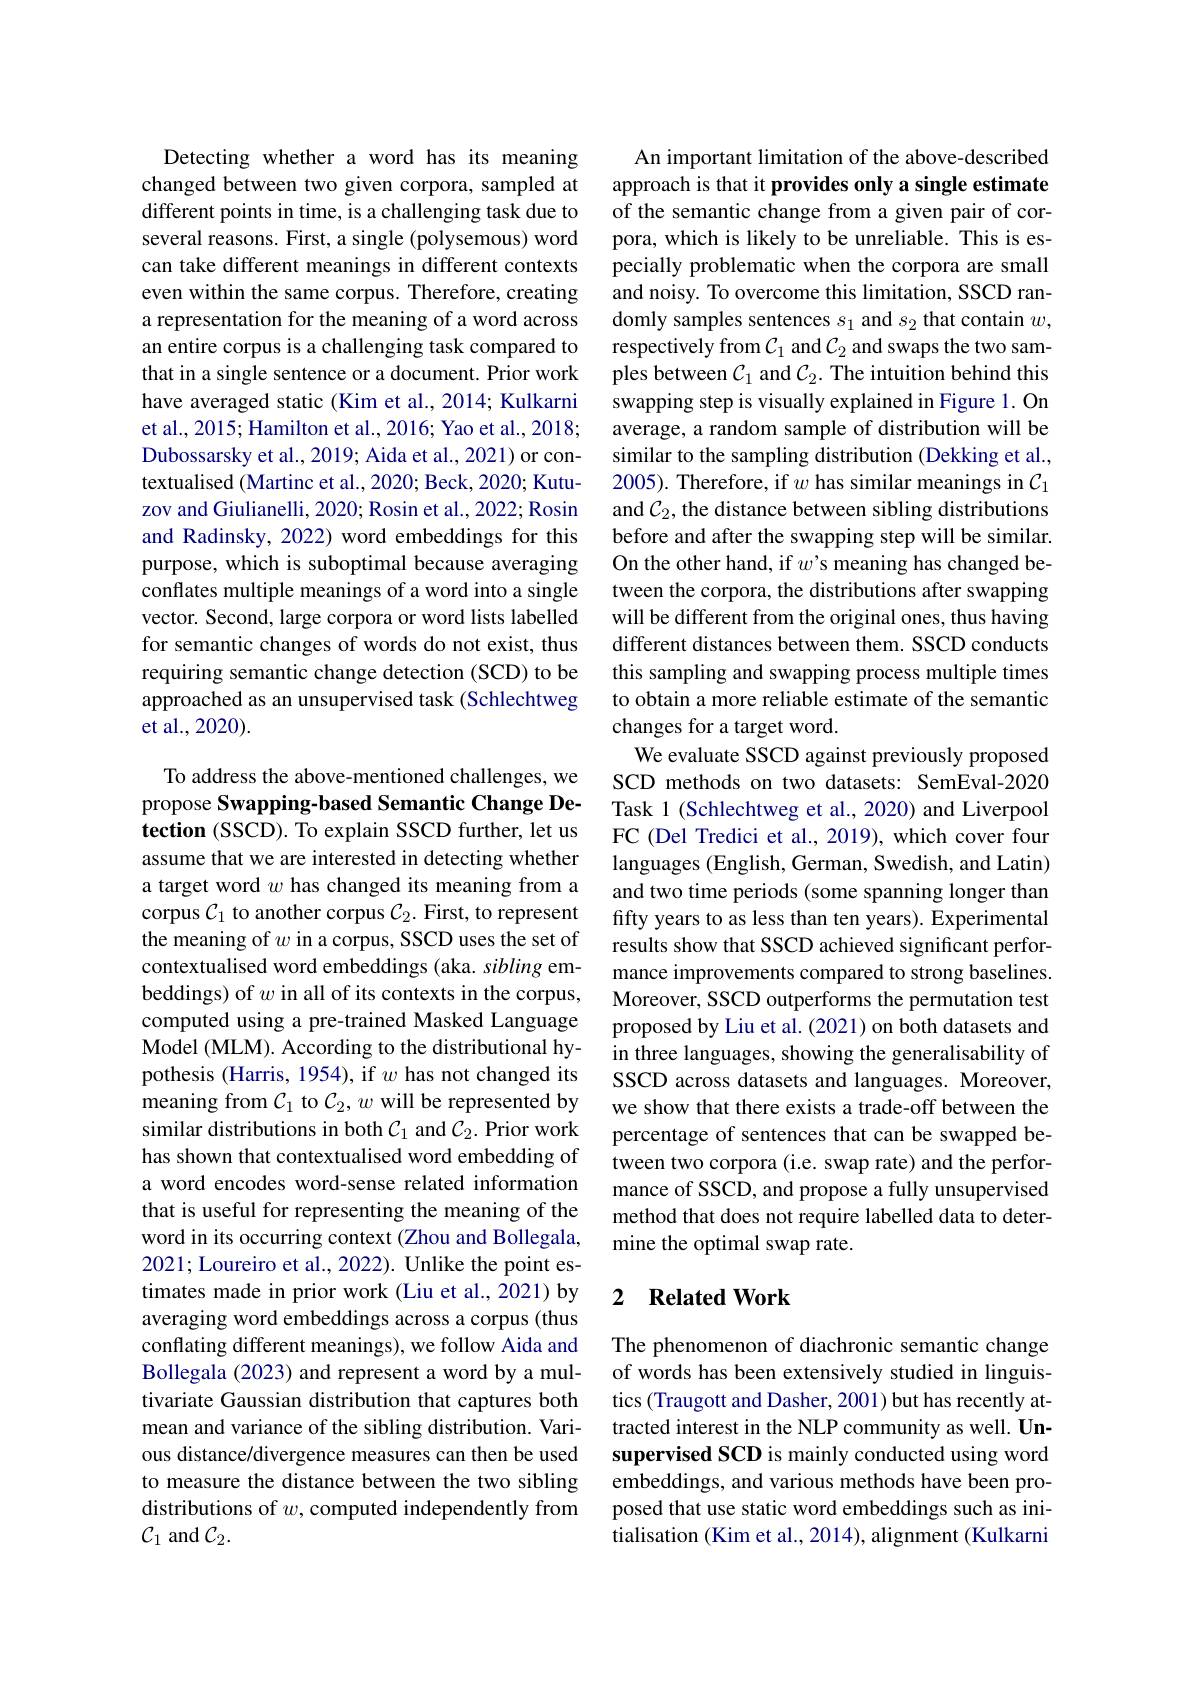
Detecting whether a word has its meaning changed between two given corpora, sampled at different points in time, is a challenging task due to several reasons. First, a single (polysemous) word can take different meanings in different contexts even within the same corpus. Therefore, creating a representation for the meaning of a word across an entire corpus is a challenging task compared to that in a single sentence or a document. Prior work have averaged static (Kim et al., 2014; Kulkarni et al., 2015; Hamilton et al., 2016; Yao et al., 2018; Dubossarsky et al., 2019; Aida et al., 2021) or contextualised (Martinc et al., 2020; Beck, 2020; Kutuzov and Giulianelli, 2020; Rosin et al., 2022; Rosin and Radinsky, 2022) word embeddings for this purpose, which is suboptimal because averaging conflates multiple meanings of a word into a single vector. Second, large corpora or word lists labelled for semantic changes of words do not exist, thus requiring semantic change detection (SCD) to be approached as an unsupervised task (Schlechtweg et al., 2020).

To address the above-mentioned challenges, we propose Swapping-based Semantic Change Detection (SSCD). To explain SSCD further, let us assume that we are interested in detecting whether a target word $w$ has changed its meaning from a corpus $\mathcal{C}_1$ to another corpus $\mathcal{C}_2.$ First, to represent the meaning of $w$ in a corpus, SSCD uses the set of contextualised word embeddings (aka. sibling embeddings) of $w$ in all of its contexts in the corpus, computed using a pre-trained Masked Language Model (MLM). According to the distributional hypothesis (Harris, 1954), if $w$ has not changed its meaning from $\mathcal{C}_1$ to $\mathcal{C}_2,w$ will be represented by similar distributions in both $\mathcal{C}_1$ and $\mathcal{C}_2.$ Prior work has shown that contextualised word embedding of a word encodes word-sense related information that is useful for representing the meaning of the word in its occurring context (Zhou and Bollegala, 2021; Loureiro et al., 2022). Unlike the point estimates made in prior work (Liu et al., 2021) by averaging word embeddings across a corpus (thus conflating different meanings), we follow Aida and Bollegala (2023) and represent a word by a multivariate Gaussian distribution that captures both mean and variance of the sibling distribution. Various distance/divergence measures can then be used to measure the distance between the two sibling distributions of $w$,computed independently from $\mathcal{C}_1$ and $\mathcal{C}_2.$

An important limitation of the above-described approach is that it provides only a single estimate of the semantic change from a given pair of corpora, which is likely to be unreliable. This is especially problematic when the corpora are small and noisy. To overcome this limitation, SSCD randomly samples sentences $s_1$ and $s_2$ that contain $w$, respectively from $\mathcal{C}_1$ and $\mathcal{C}_2$ and swaps the two samples between $\mathcal{C}_1$ and $\mathcal{C}_2.$ The intuition behind this swapping step is visually explained in Figure 1. On average, a random sample of distribution will be similar to the sampling distribution (Dekking et al., 2005). Therefore, if $w$ has similar meanings in $C_1$ and $C_2$, the distance between sibling distributions before and after the swapping step will be similar. On the other hand, if $w’$s meaning has changed between the corpora, the distributions after swapping will be different from the original ones, thus having different distances between them. SSCD conducts this sampling and swapping process multiple times to obtain a more reliable estimate of the semantic changes for a target word.
We evaluate SSCD against previously proposed SCD methods on two datasets: SemEval-2020 Task 1 (Schlechtweg et al., 2020) and Liverpool FC (Del Tredici et al., 2019), which cover four languages (English, German, Swedish, and Latin) and two time periods (some spanning longer than fifty years to as less than ten years). Experimental results show that SSCD achieved significant performance improvements compared to strong baselines. Moreover, SSCD outperforms the permutation test proposed by Liu et al.(2021) on both datasets and in three languages, showing the generalisability of SSCD across datasets and languages. Moreover, we show that there exists a trade-off between the percentage of sentences that can be swapped between two corpora (i.e. swap rate) and the performance of SSCD, and propose a fully unsupervised method that does not require labelled data to determine the optimal swap rate.

## 2 Related Work

The phenomenon of diachronic semantic change of words has been extensively studied in linguistics (Traugott and Dasher, 2001) but has recently attracted interest in the NLP community as well. Unsupervised SCD is mainly conducted using word embeddings, and various methods have been proposed that use static word embeddings such as initialisation (Kim et al., 2014), alignment (Kulkarni